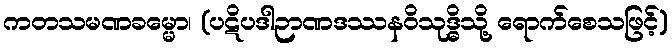
ကတသမဏခမ္မော၊ (ပဋိပဒါဉာဏဒဿနဝိသုဒ္ဓိသို့ ရောက်စေသဖြင့်)